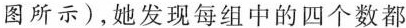
图所示)，她发现每组中的四个数都